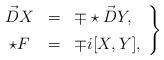
LaTeX: \begin{align*}\left. \begin{array}{ccl} \vec D X & = & \mp \star \vec D Y, \\ [0.07in]\star F & = & \mp i [X, Y], \end{array} \right\}\end{align*}